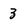
Character: 3